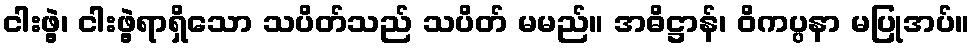
ငါးဖွဲ့၊ ငါးဖွဲ့ရာရှိသော သပိတ်သည် သပိတ် မမည်။ အဓိဋ္ဌာန်၊ ဝိကပ္ပနာ မပြုအပ်။